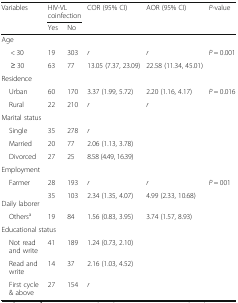
| <ROWSPAN=2> Variables | <COLSPAN=2> HIV-VL coinfection | <ROWSPAN=2> COR (95% CI) | <ROWSPAN=2> AOR (95% CI) | <ROWSPAN=2> P-value |
 | Yes | No |
 | --- | --- | --- | --- | --- | --- |
 | <COLSPAN=6> Age |
 | < 30 | 19 | 303 | r | r | <ROWSPAN=2> P = 0.001 |
 | ≥ 30 | 63 | 77 | 13.05 (7.37, 23.09) | 22.58 (11.34, 45.01) |
 | <COLSPAN=6> Residence |
 | Urban | 60 | 170 | 3.37 (1.99, 5.72) | 2.20 (1.16, 4.17) | <ROWSPAN=2> P = 0.016 |
 | Rural | 22 | 210 | r | r |
 | <COLSPAN=6> Marital status |
 | Single | 35 | 278 | r | <ROWSPAN=3>  | <ROWSPAN=3>  |
 | Married | 20 | 77 | 2.06 (1.13, 3.78) |
 | Divorced | 27 | 25 | 8.58 (4.49, 16.39) |
 | <COLSPAN=6> Employment |
 | Farmer | 28 | 193 | r | r | <ROWSPAN=3> P = 001 |
 | Daily laborer | 35 | 103 | 2.34 (1.35, 4.07) | 4.99 (2.33, 10.68) |
 | Othersa | 19 | 84 | 1.56 (0.83, 3.95) | 3.74 (1.57, 8.93) |
 | <COLSPAN=6> Educational status |
 | Not read and write | 41 | 189 | 1.24 (0.73, 2.10) | <ROWSPAN=3>  | <ROWSPAN=3>  |
 | Read and write | 14 | 37 | 2.16 (1.03, 4.52) |
 | First cycle & above | 27 | 154 | r |